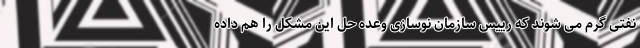
نفتی گرم می شوند که رییس سازمان نوسازی وعده حل این مشکل را هم داده